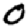
Digit: 0